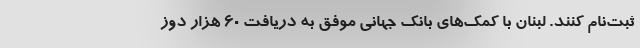
ثبت‌نام کنند. لبنان با کمک‌های بانک جهانی موفق به دریافت 60 هزار دوز